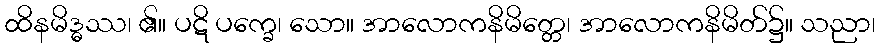
ထိနမိဒ္ဓဿ၊ ၏။ ပဋိ ပက္ခေ၊ သော။ အာလောကနိမိတ္တေ၊ အာလောကနိမိတ်၌။ သညာ၊